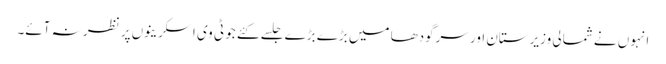
انہوں نے شمالی وزیرستان اور سرگودھا میں بڑے بڑے جلسے کئے جو ٹی وی اسکرینوں پر نظر نہ آئے۔